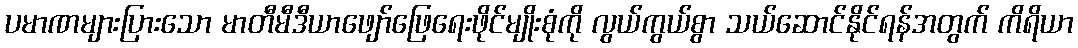
ပမာဏများပြားသော မာတီမီဒီယာဖျော်ဖြေရေးဖိုင်မျိုးစုံကို လွယ်ကွယ်စွာ သယ်ဆောင်နိုင်ရန်အတွက် ကိရိယာ